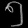
Digit: ၅